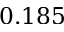
0 . 1 8 5